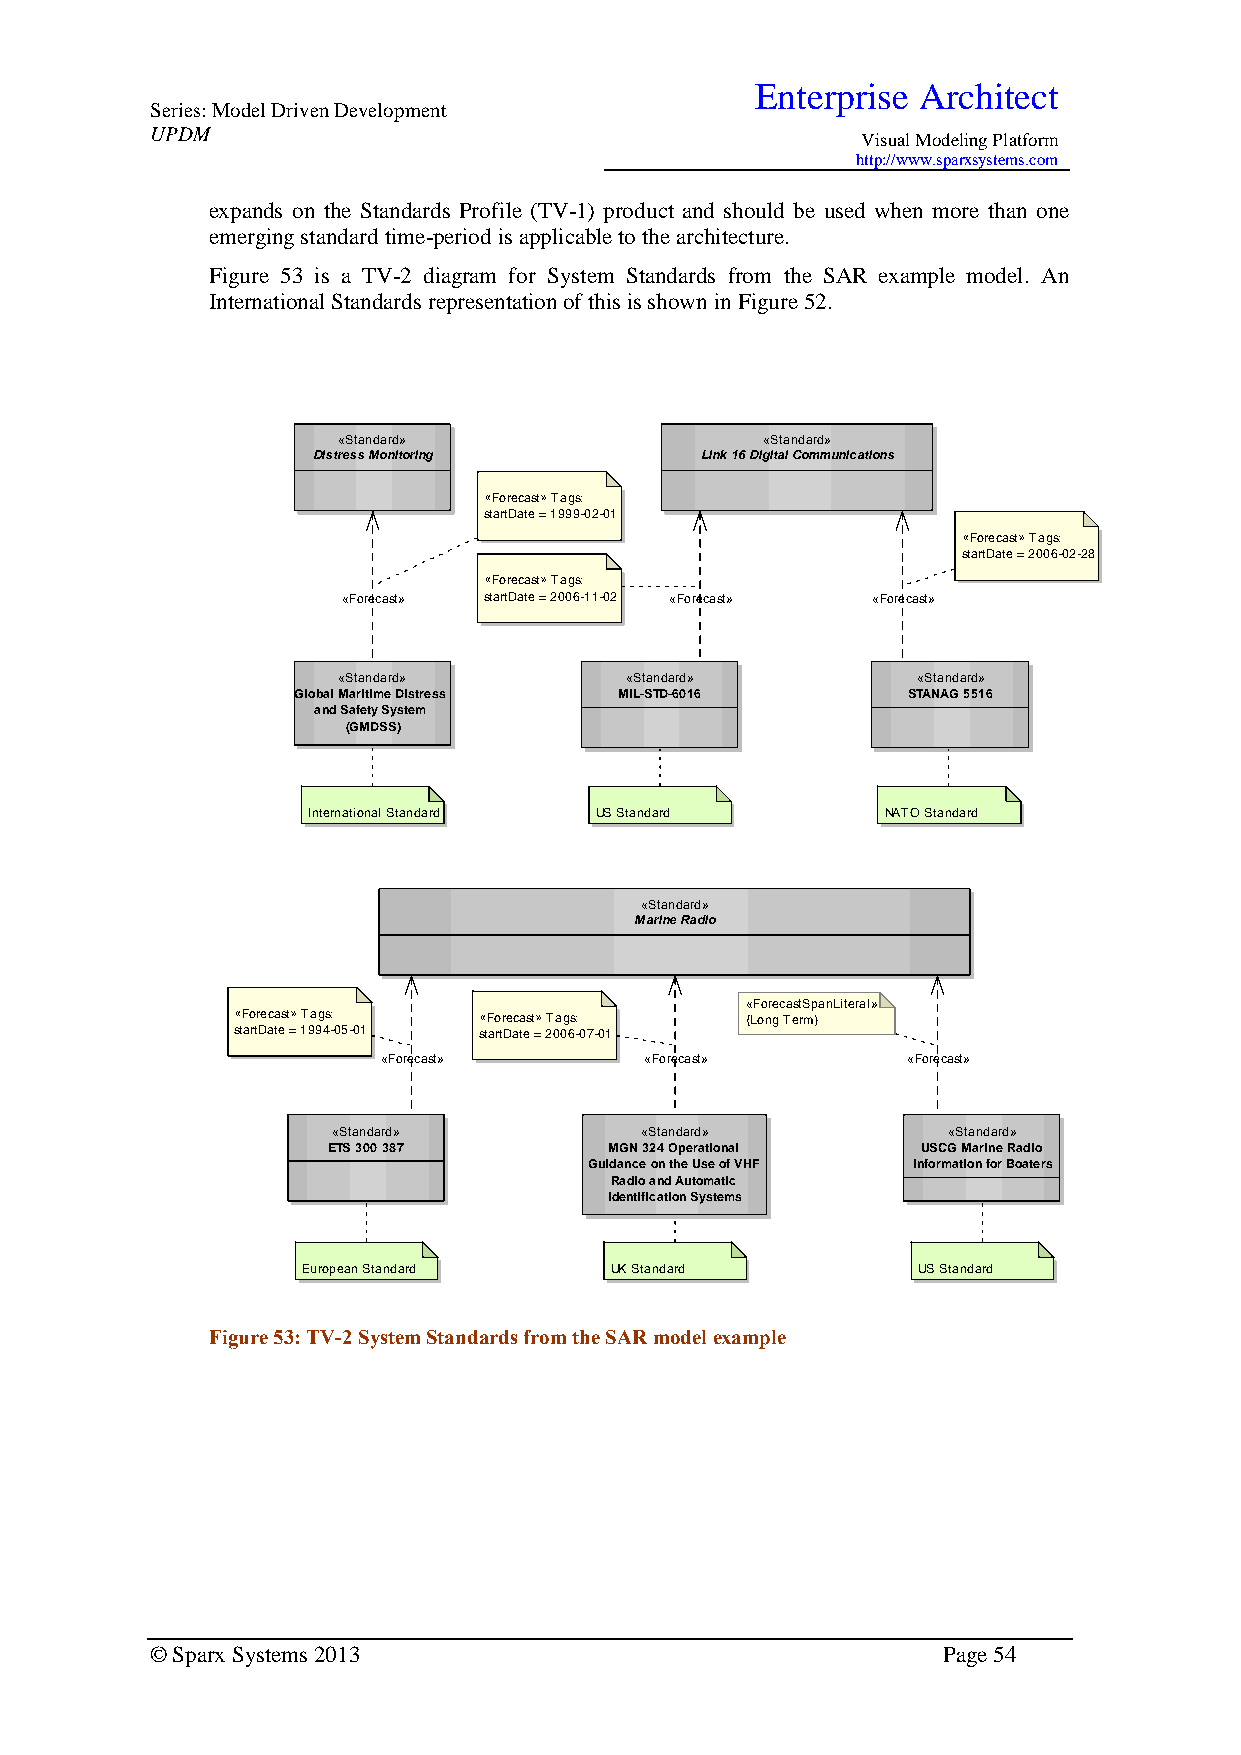
Enterprise Architect
 Series: Model Driven Development
 UPDM
 Visual Modeling Platform
 http://www.sparxsystems.com
 expands on the Standards Profile (TV-1) product and should be used when more than one
 emerging standard time-period is applicable to the architecture.
 Figure 53 is a TV-2 diagram for System Standards from the SAR example model. An
 International Standards representation of this is shown in Figure 52.
 «Standard»                   «Standard»
 Distress Monitoring      Link 16 Digital Communications
 «Forecast» Tags:
 startDate = 1999-02-01
 «Forecast» Tags:
 startDate = 2006-02-28
 «Forecast» Tags:
 «Forecast» startDate = 2006-11-02 «Forecast» «Forecast»
 «Standard»         «Standard»          «Standard»
 Global Maritime Distress MIL-STD-6016    STANAG 5516
 and Safety System
 (GMDSS)
 International Standard US Standard     NATO Standard
 «Standard»
 Marine Radio
 «ForecastSpanLiteral»
 «Forecast» Tags: «Forecast» Tags: {Long Term}
 startDate = 1994-05-01 startDate = 2006-07-01
 «Forecast»        «Forecast»       «Forecast»
 «Standard»          «Standard»           «Standard»
 ETS 300 387       MGN 324 Operational  USCG Marine Radio
 Guidance on the Use of VHF Information for Boaters
 Radio and Automatic
 Identification Systems
 European Standard   UK Standard          US Standard
 Figure 53: TV-2 System Standards from the SAR model example
 © Sparx Systems 2013                                Page 54